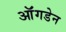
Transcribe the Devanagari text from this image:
ऑंगडेन